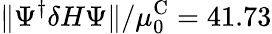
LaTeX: \Vert\Psi^{\dagger}\delta H\Psi\Vert/\mu_{0}^{\textrm{C}}=41.73